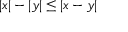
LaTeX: | x | - | y | \leq | x - y |